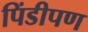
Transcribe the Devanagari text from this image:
पिंडीपण